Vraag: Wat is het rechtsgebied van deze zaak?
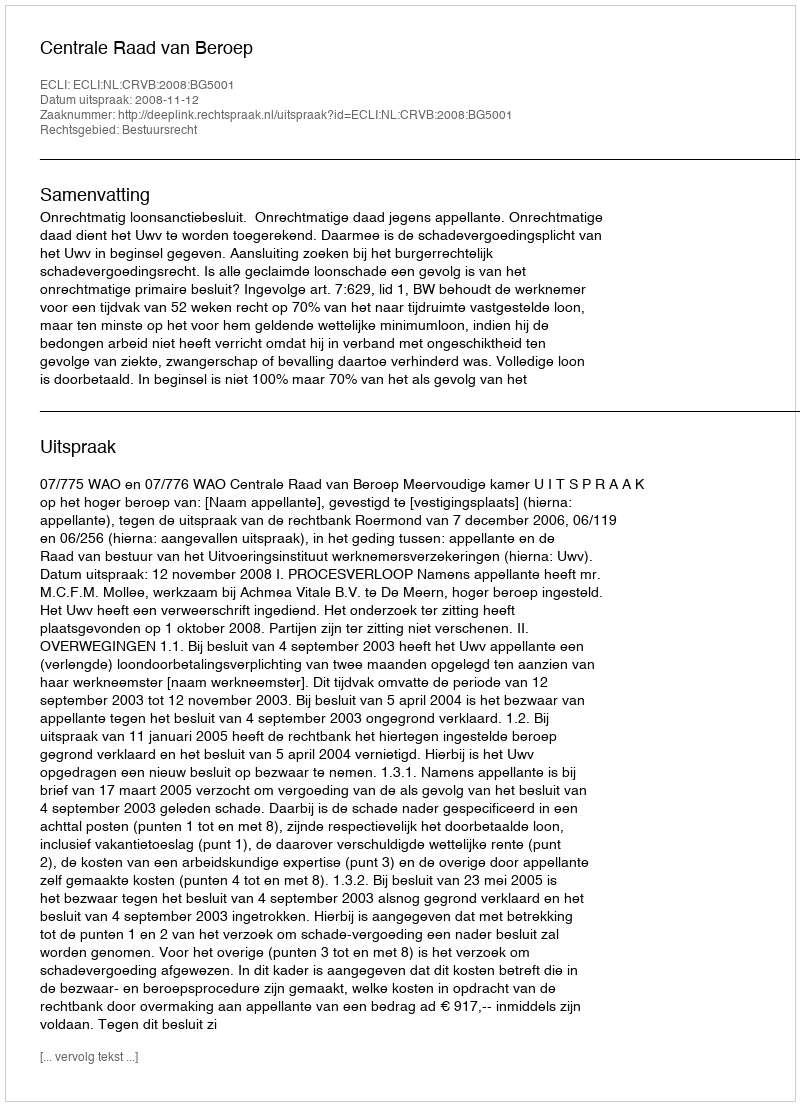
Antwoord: Bestuursrecht